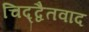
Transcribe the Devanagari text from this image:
चिद्द्वैतवाद